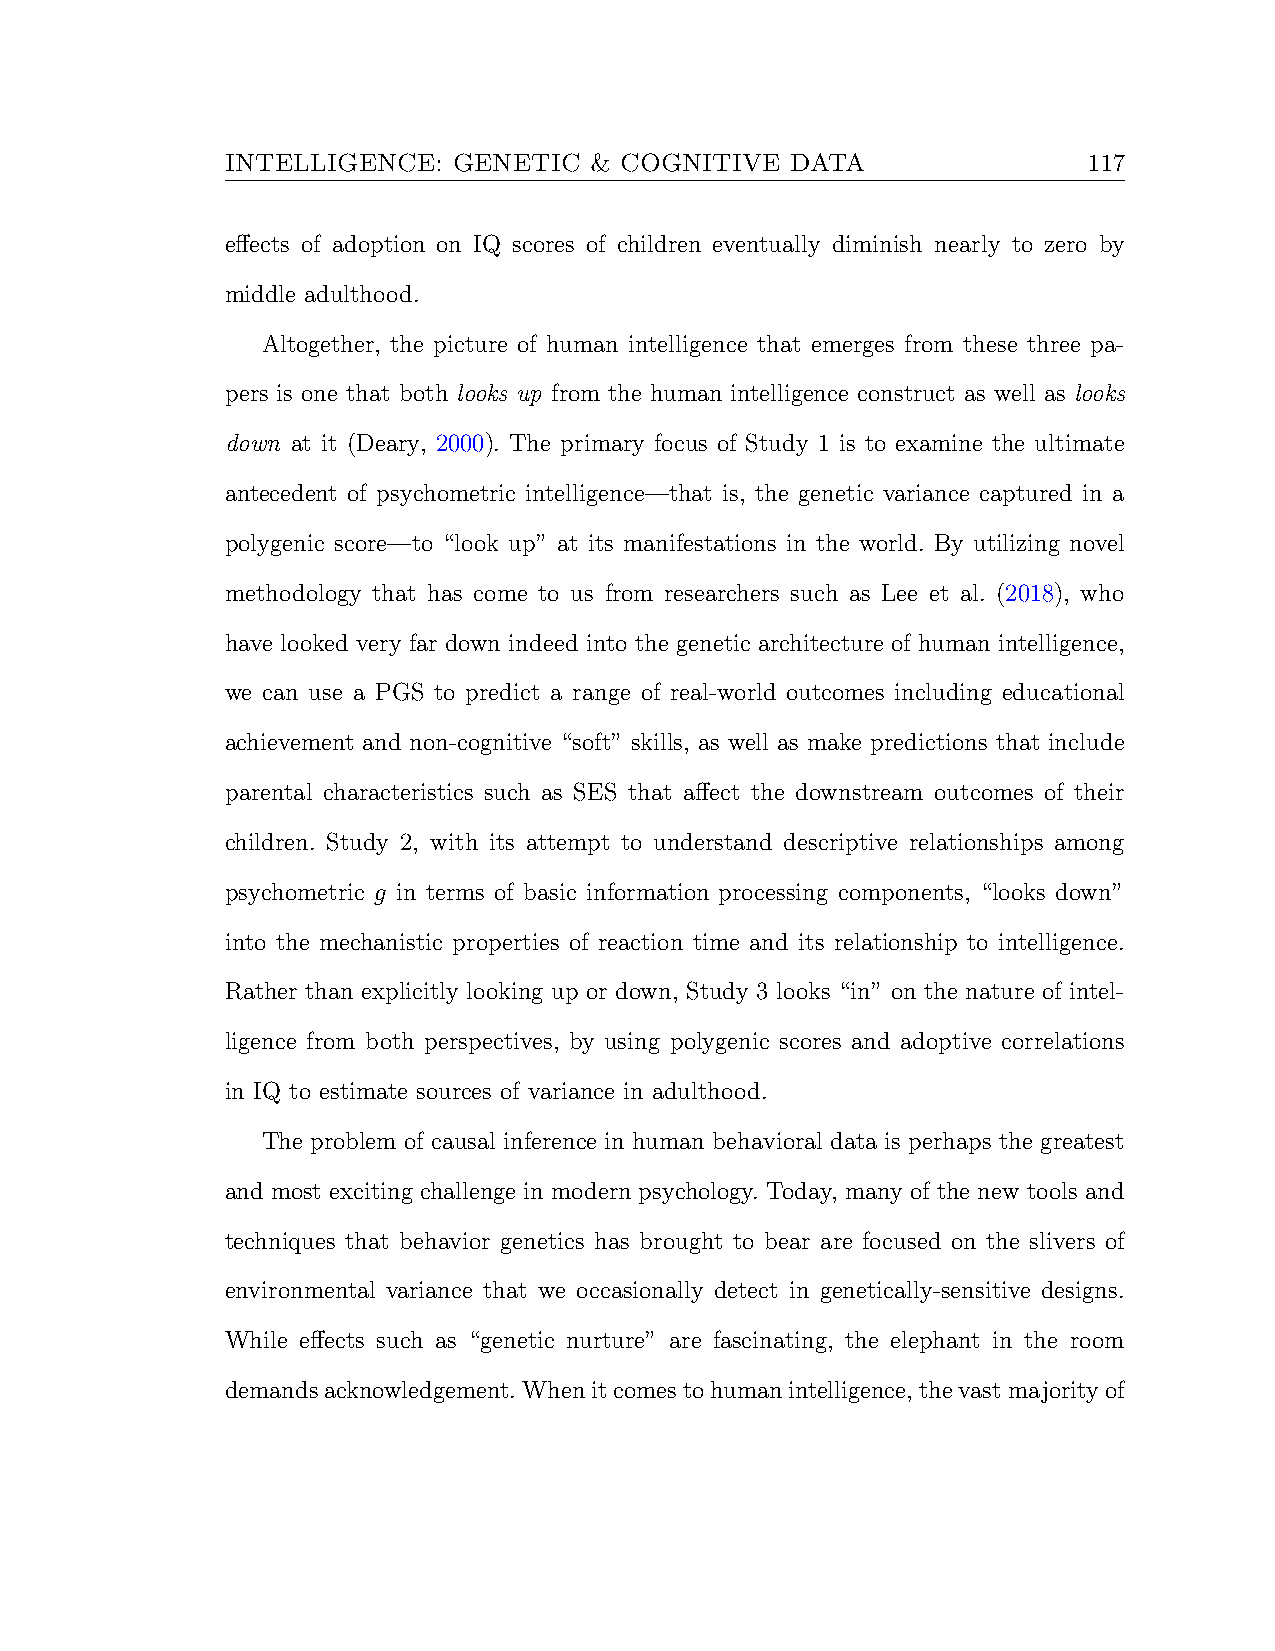
INTELLIGENCE:  GENETIC  & COGNITIVE  DATA                117
 effects of adoption on IQ scores of children eventually diminish nearly to zero by
 middle adulthood.
 Altogether, the picture of human intelligence that emerges from these three pa-
 pers is one that both looks up from the human intelligence construct as well as looks
 down at it (Deary, 2000). The primary focus of Study 1 is to examine the ultimate
 antecedent of psychometric intelligence—that is, the genetic variance captured in a
 polygenic score—to “look up” at its manifestations in the world. By utilizing novel
 methodology that has come to us from researchers such as Lee et al. (2018), who
 have looked very far down indeed into the genetic architecture of human intelligence,
 we can use a PGS to predict a range of real-world outcomes including educational
 achievement and non-cognitive “soft” skills, as well as make predictions that include
 parental characteristics such as SES that affect the downstream outcomes of their
 children. Study 2, with its attempt to understand descriptive relationships among
 psychometric g in terms of basic information processing components, “looks down”
 into the mechanistic properties of reaction time and its relationship to intelligence.
 Rather than explicitly looking up or down, Study 3 looks “in” on the nature of intel-
 ligence from both perspectives, by using polygenic scores and adoptive correlations
 in IQ to estimate sources of variance in adulthood.
 The problem of causal inference in human behavioral data is perhaps the greatest
 and most exciting challenge in modern psychology. Today, many of the new tools and
 techniques that behavior genetics has brought to bear are focused on the slivers of
 environmental variance that we occasionally detect in genetically-sensitive designs.
 While effects such as “genetic nurture” are fascinating, the elephant in the room
 demandsacknowledgement.Whenitcomestohumanintelligence,thevastmajorityof